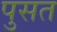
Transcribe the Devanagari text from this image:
पुसत